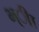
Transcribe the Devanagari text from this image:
भ्ीा